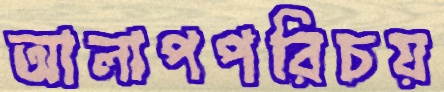
আলাপপরিচয়